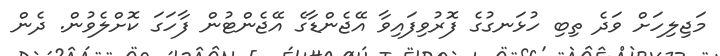
މަޖިލިހަށް ވަދެ ތިބި ހުޅަނގުގެ ފޮރުވިފައިވާ އޭޖެންޑާގެ އޭޖެންޓުން ފާހަގަ ކޮށްލެވުން. ދެން